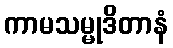
ကာမသမ္မုဒိတာနံ